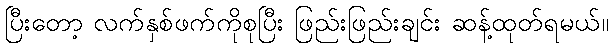
ပြီးတော့ လက်နှစ်ဖက်ကိုစုပြီး ဖြည်းဖြည်းချင်း ဆန့်ထုတ်ရမယ်။